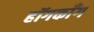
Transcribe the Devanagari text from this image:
हॉगकाँग